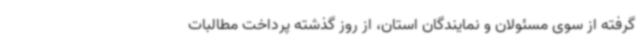
گرفته از سوی مسئولان و نمایندگان استان، از روز گذشته پرداخت مطالبات